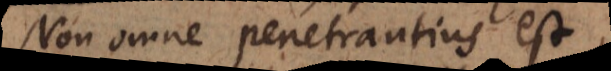
Non omne penetrantius est